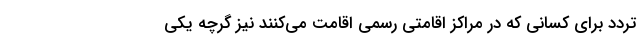
تردد برای کسانی که در مراکز اقامتی رسمی اقامت می‌کنند نیز گرچه یکی